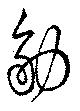
筋